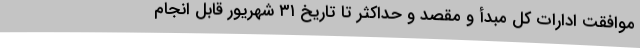
موافقت ادارات کل مبدأ و مقصد و حداکثر تا تاریخ ۳۱ شهریور قابل انجام